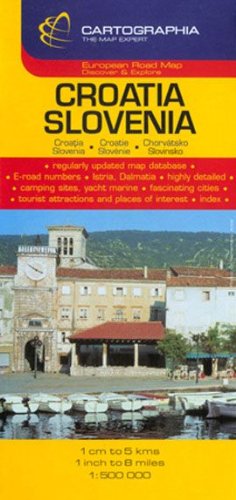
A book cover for Croatia and Slovenia Map; Cartographia; Travel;